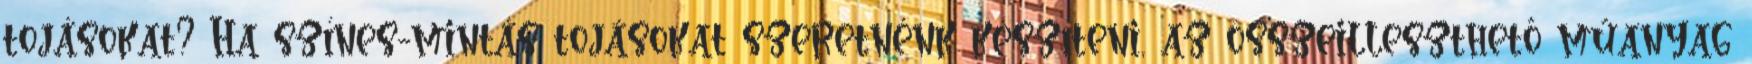
tojásokat? Ha színes-mintás tojásokat szeretnénk készíteni, az összeilleszthető műanyag